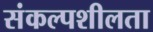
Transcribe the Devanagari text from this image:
संकल्पशीलता